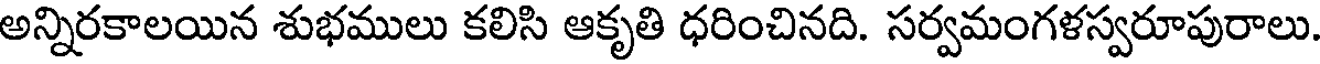
అన్నిరకాలయిన శుభములు కలిసి ఆకృతి ధరించినది. సర్వమంగళస్వరూపురాలు.